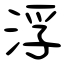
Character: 浮